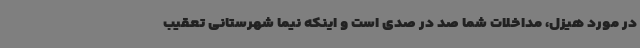
در مورد هیزل، مداخلات شما صد در صدی است و اینکه نیما شهرستانی تعقیب